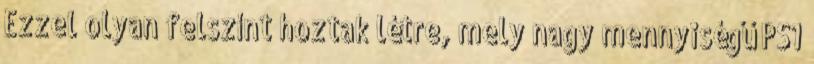
Ezzel olyan felszínt hoztak létre, mely nagy mennyiségű PS1